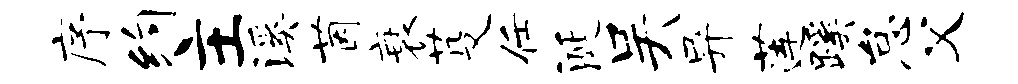
序约主溪茵衰芟任涎吴异莲蹊怠父